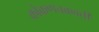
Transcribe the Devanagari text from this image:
कोकणचक्रवर्ती